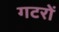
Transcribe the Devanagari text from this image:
गटरों